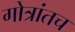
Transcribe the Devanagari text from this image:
गोत्रांतच